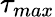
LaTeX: \tau_{max}